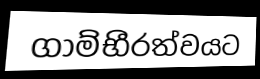
ගාම්භීරත්වයට